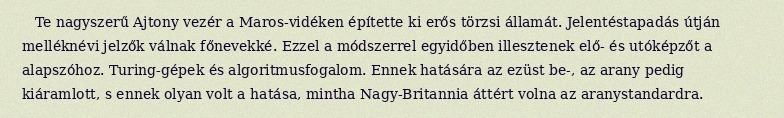
Te nagyszerű Ajtony vezér a Maros-vidéken építette ki erős törzsi államát. Jelentéstapadás útján melléknévi jelzők válnak főnevekké. Ezzel a módszerrel egyidőben illesztenek elő- és utóképzőt a alapszóhoz. Turing-gépek és algoritmusfogalom. Ennek hatására az ezüst be-, az arany pedig kiáramlott, s ennek olyan volt a hatása, mintha Nagy-Britannia áttért volna az aranystandardra.